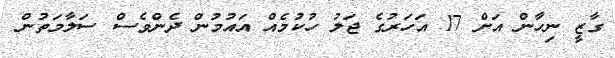
ގާޒީ ނިހާން އަށް 17 އަހަރުގެ ޖަލު ހުކުމެއް އައުމުން ދެންވެސް ސަލާމަތުން